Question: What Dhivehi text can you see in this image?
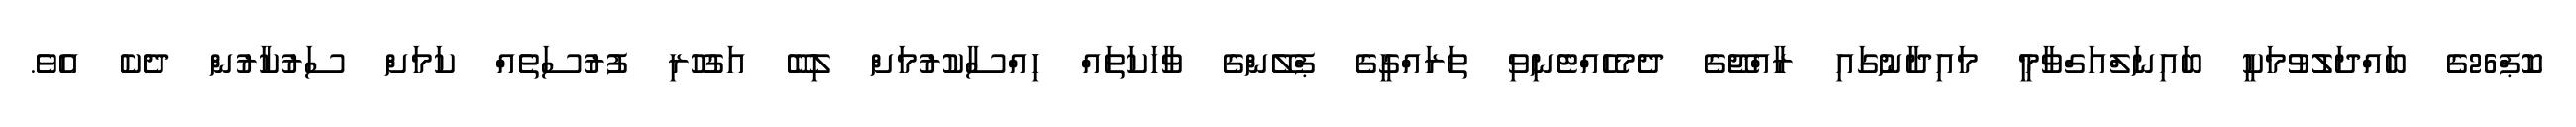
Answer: ކޮޕް26ގެ ބައްދަލުވުމަކީ ބައިނަލްއަގްވާމީ މައިދާނުގައި ރާއްޖޭގެ ދެމެހެއްޓެނިވި ތަރައްގީގެ ޕްލޭންގެ ވާހަކަތައް ހިއްސާކުރުމަށް ލިބޭ އަގުހުރި ފުރުސަތެއް ކަމަށް ސަރުކާރުން ދެކެ އެވެ.